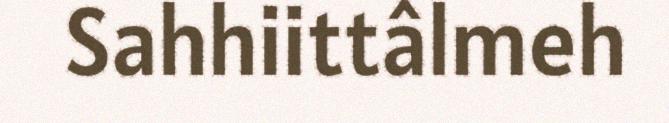
Sahhiittâlmeh